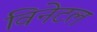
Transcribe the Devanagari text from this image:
विनेटल